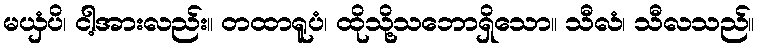
မယှံပိ၊ ငါ့အားလည်း။ တထာရူပံ၊ ထိုသို့သဘောရှိသော။ သီလံ၊ သီလသည်။